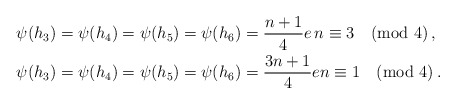
\begin{align*} \psi(h_3)&=\psi(h_4)=\psi(h_5)=\psi(h_6)=\frac{n+1}{4}e \, n\equiv 3 \pmod{4}\,, \\ \psi(h_3)&=\psi(h_4)=\psi(h_5)=\psi(h_6)=\frac{3n+1}{4}e n\equiv 1 \pmod{4}\,. \end{align*}